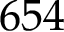
6 5 4